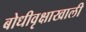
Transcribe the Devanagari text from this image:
बोधीवृक्षाखाली